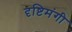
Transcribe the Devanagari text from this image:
दृष्टिमंगी